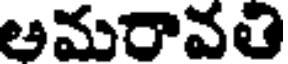
ఆమరావతి